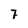
Character: 7